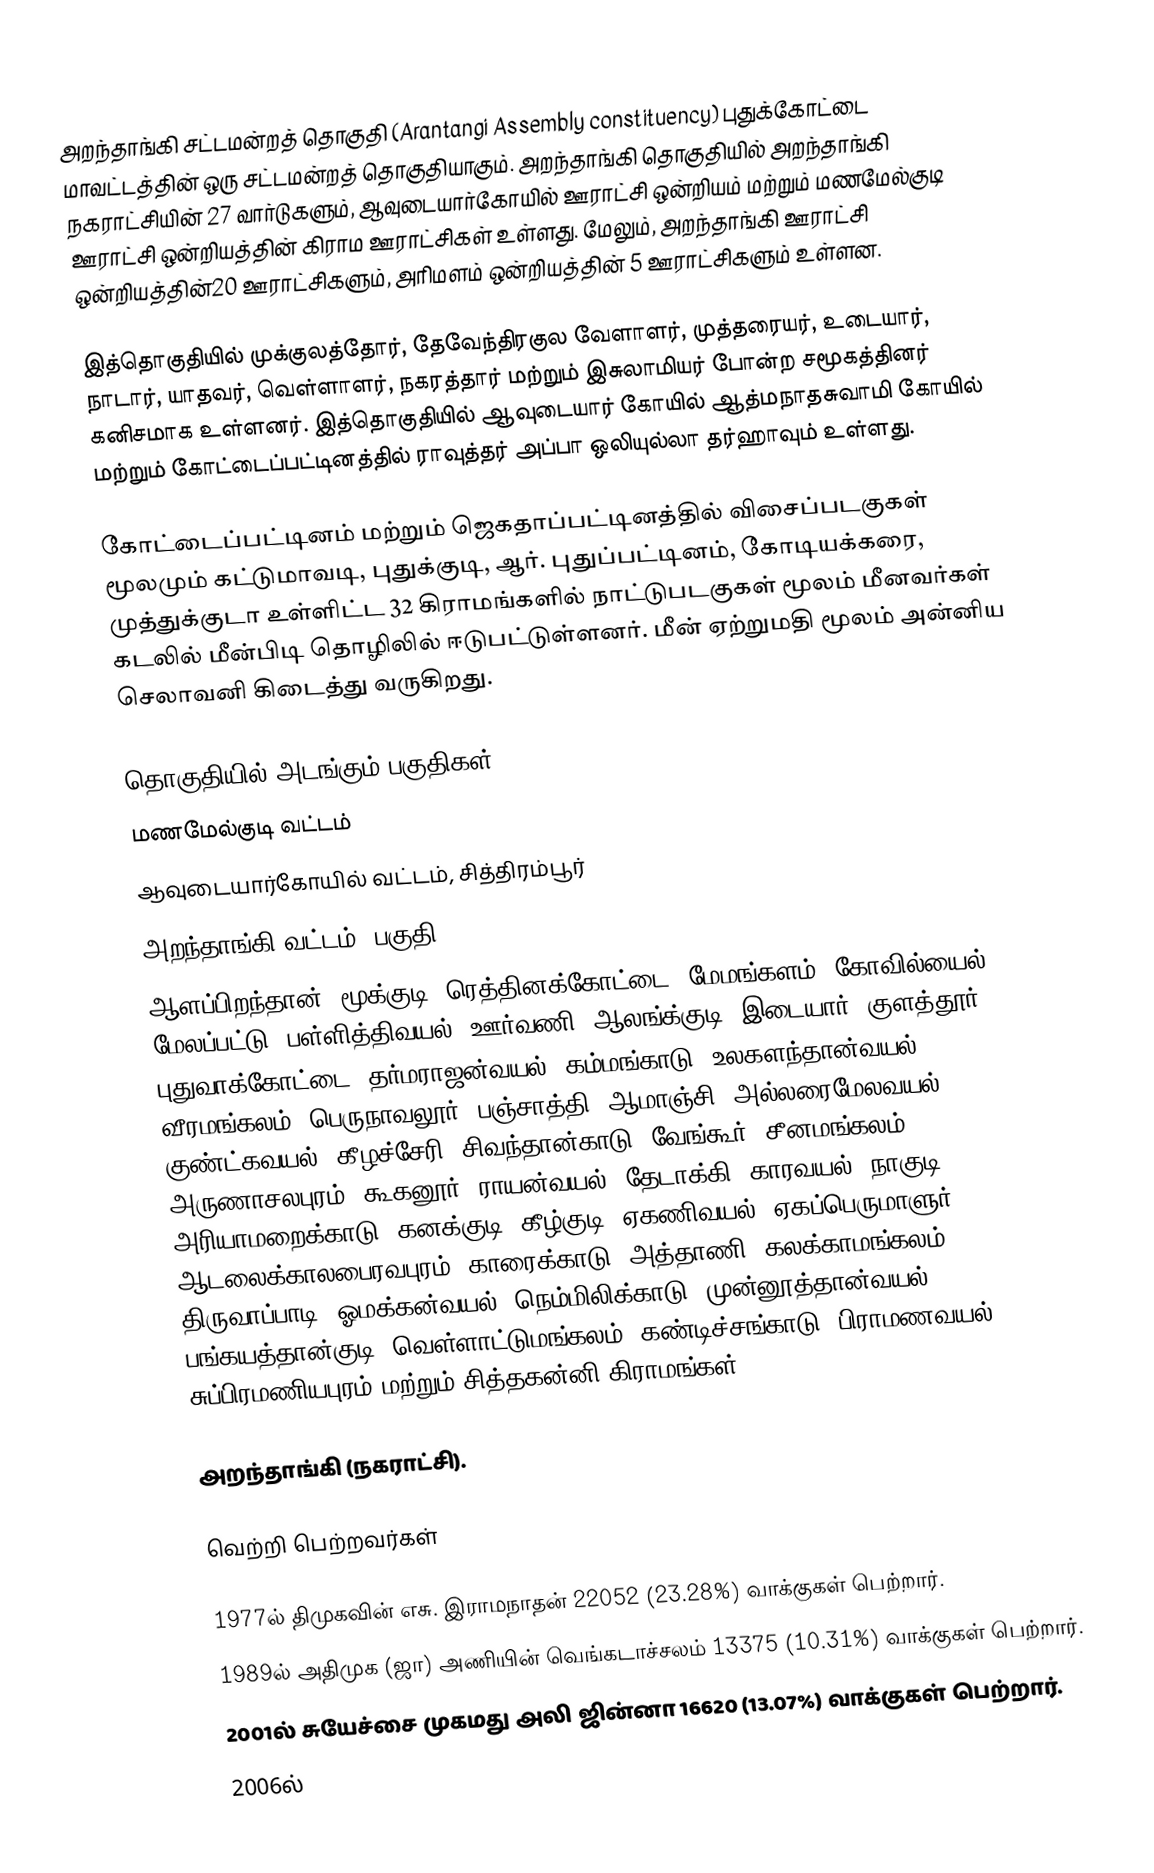
அறந்தாங்கி சட்டமன்றத் தொகுதி (Arantangi Assembly constituency) புதுக்கோட்டை மாவட்டத்தின் ஒரு சட்டமன்றத் தொகுதியாகும். அறந்தாங்கி தொகுதியில் அறந்தாங்கி நகராட்சியின் 27 வார்டுகளும், ஆவுடையார்கோயில் ஊராட்சி ஒன்றியம் மற்றும் மணமேல்குடி ஊராட்சி ஒன்றியத்தின் கிராம ஊராட்சிகள் உள்ளது. மேலும், அறந்தாங்கி ஊராட்சி ஒன்றியத்தின்20 ஊராட்சிகளும், அரிமளம் ஒன்றியத்தின் 5 ஊராட்சிகளும் உள்ளன.

இத்தொகுதியில் முக்குலத்தோர், தேவேந்திரகுல வேளாளர்,  முத்தரையர், உடையார், நாடார், யாதவர், வெள்ளாளர், நகரத்தார் மற்றும் இசுலாமியர் போன்ற சமூகத்தினர் கனிசமாக உள்ளனர். இத்தொகுதியில் ஆவுடையார் கோயில் ஆத்மநாதசுவாமி கோயில் மற்றும் கோட்டைப்பட்டினத்தில் ராவுத்தர் அப்பா ஒலியுல்லா தர்ஹாவும் உள்ளது.

கோட்டைப்பட்டினம் மற்றும் ஜெகதாப்பட்டினத்தில் விசைப்படகுகள் மூலமும் கட்டுமாவடி, புதுக்குடி, ஆர். புதுப்பட்டினம், கோடியக்கரை, முத்துக்குடா உள்ளிட்ட 32 கிராமங்களில் நாட்டுபடகுகள் மூலம் மீனவர்கள் கடலில் மீன்பிடி தொழிலில் ஈடுபட்டுள்ளனர். மீன் ஏற்றுமதி மூலம் அன்னிய செலாவனி கிடைத்து வருகிறது.

தொகுதியில் அடங்கும் பகுதிகள்
 மணமேல்குடி வட்டம்
 ஆவுடையார்கோயில் வட்டம், சித்திரம்பூர்
 அறந்தாங்கி வட்டம் (பகுதி)
ஆளப்பிறந்தான், மூக்குடி, ரெத்தினக்கோட்டை, மேமங்களம், கோவில்யைல், மேலப்பட்டு, பள்ளித்திவயல், ஊர்வணி, ஆலங்க்குடி, இடையார், குளத்தூர், புதுவாக்கோட்டை, தர்மராஜன்வயல், கம்மங்காடு, உலகளந்தான்வயல், வீரமங்கலம், பெருநாவலூர், பஞ்சாத்தி, ஆமாஞ்சி, அல்லரைமேலவயல், குண்ட்கவயல், கீழச்சேரி, சிவந்தான்காடு, வேங்கூர், சீனமங்கலம், அருணாசலபுரம், கூகனூர், ராயன்வயல், தேடாக்கி, காரவயல், நாகுடி, அரியாமறைக்காடு, கனக்குடி, கீழ்குடி, ஏகணிவயல், ஏகப்பெருமாளுர், ஆடலைக்காலபைரவபுரம், காரைக்காடு, அத்தாணி, கலக்காமங்கலம், திருவாப்பாடி, ஓமக்கன்வயல், நெம்மிலிக்காடு, முன்னூத்தான்வயல், பங்கயத்தான்குடி, வெள்ளாட்டுமங்கலம், கண்டிச்சங்காடு, பிராமணவயல், சுப்பிரமணியபுரம் மற்றும் சித்தகன்னி கிராமங்கள்

அறந்தாங்கி (நகராட்சி).

வெற்றி பெற்றவர்கள்

1977ல் திமுகவின் எசு. இராமநாதன் 22052 (23.28%) வாக்குகள் பெற்றார்.
1989ல் அதிமுக (ஜா) அணியின் வெங்கடாச்சலம் 13375 (10.31%) வாக்குகள் பெற்றார்.
2001ல் சுயேச்சை முகமது அலி ஜின்னா 16620 (13.07%) வாக்குகள் பெற்றார்.
2006ல்